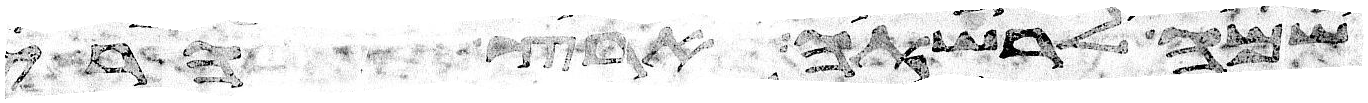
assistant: שמה לרשתה ארץ הרים